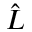
\hat { L }